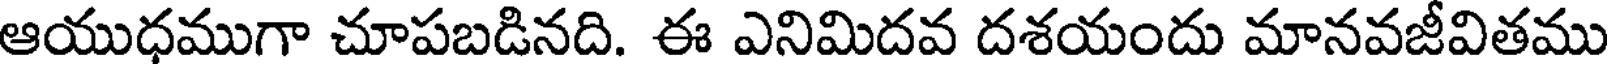
ఆయుధముగా చూపబడినది. ఈ ఎనిమిదవ దశయందు మానవజీవితము